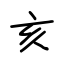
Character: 亥